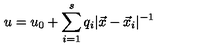
u = u _ { 0 } + \sum _ { i = 1 } ^ { s } q _ { i } | \vec { x } - \vec { x } _ { i } | ^ { - 1 }